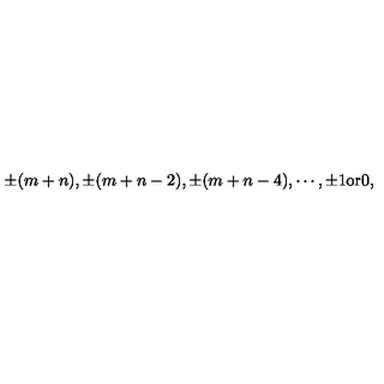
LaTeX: \pm ( m + n ) , \pm ( m + n - 2 ) , \pm ( m + n - 4 ) , \cdots , \pm 1 \mathrm { o r } 0 ,